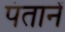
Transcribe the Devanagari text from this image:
पंतानें